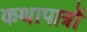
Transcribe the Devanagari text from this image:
कथापात्रों